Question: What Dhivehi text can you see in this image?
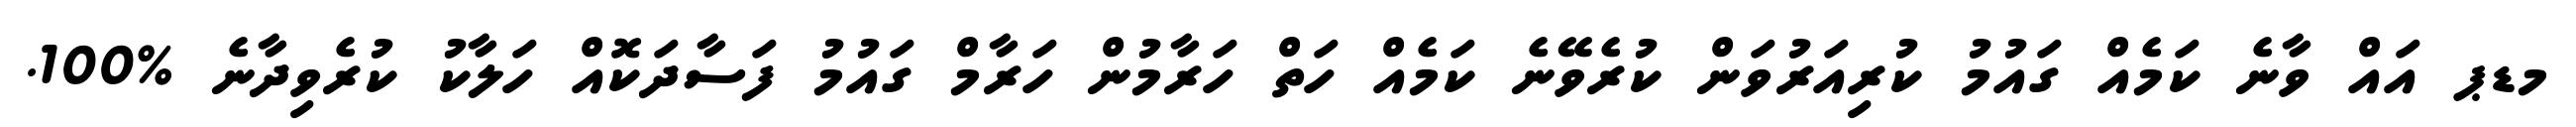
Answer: މޑޕ އައް ވާނެ ކަމެއް ގައުމު ކުރިއަރުވަން ކުރެވޭނެ ކަމެއް ހަތް ހަރާމުން ހަރާމް ގައުމު ފަސާދަކޮއް ހަލާކު ކުރެވިދާނެ %100.